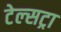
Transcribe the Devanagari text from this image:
टेल्‍सट्रा